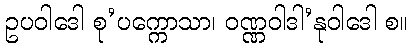
ဥပဝါဒေါ စု’ပက္ကောသာ၊ ဝဏ္ဏဝါဒါ’နုဝါဒေါ စ။